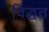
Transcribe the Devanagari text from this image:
विद्धत